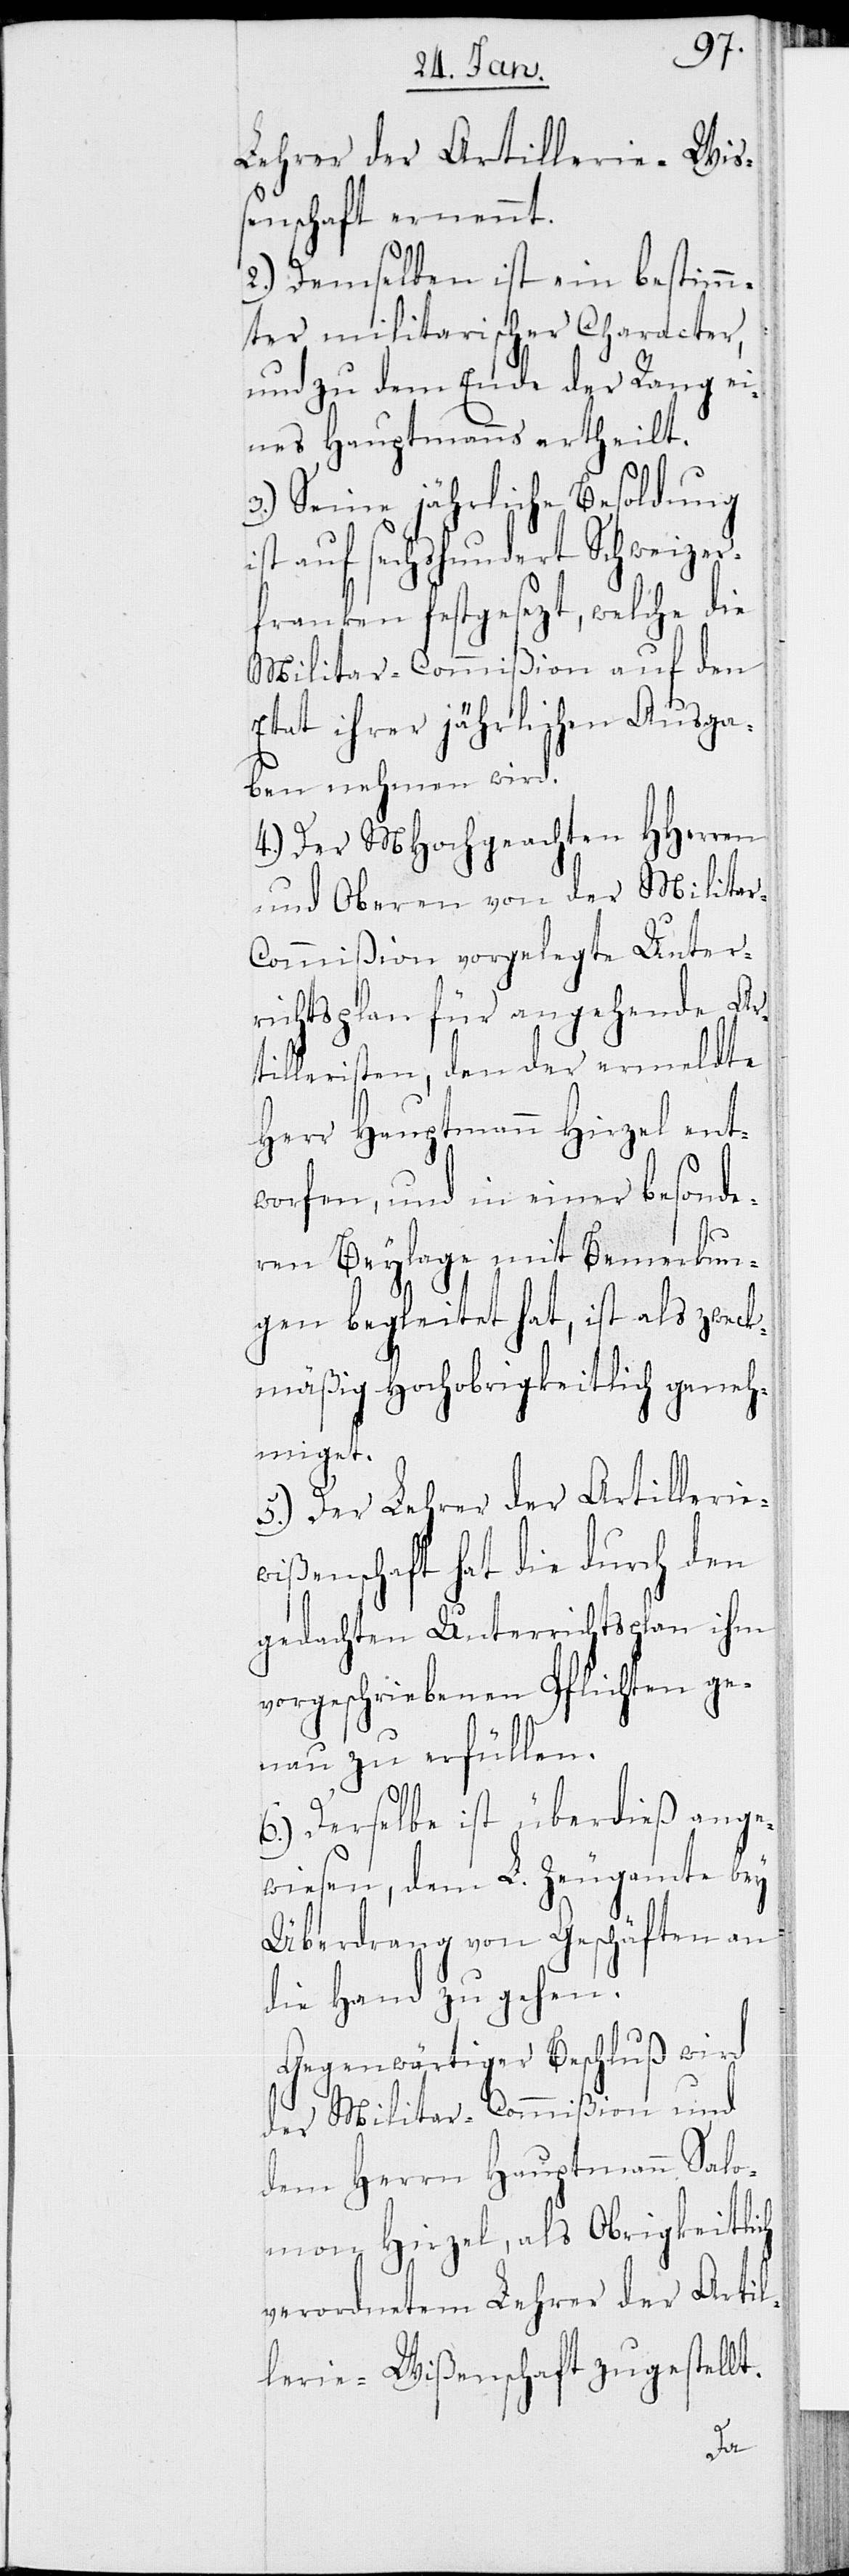
Lehrer der Artillerie-Wiß¬
enschaft ernennt.
2.) Demselben ist ein bestimm¬
ter militarischer Character,
und zu dem Ende der Rang ei¬
nes Hauptmanns ertheilt.
3.) Seine jährliche Besoldung
ist auf sechshundert Schweizer¬
franken festgesezt, welche die
Militar-Commißion auf den
Etat ihrer jährlichen Ausga¬
ben nehmen wird.
4.) Der MHochgeachten HHerren
und Oberen von der Milita¬
ommißion vorgelegte Unter¬
richtsplan für angehende Ar¬
tilleristen, den der ermeldte
Herr Hauptmann Hirzel ent¬
worfen, und in einer besonde¬
ren Beylage mit Bemerkun¬
gen begleitet hat, ist als zweck¬
mäßig Hochobrigkeitlich geneh¬
miget.
5.) Der Lehrer der Artillerie¬
wißenschaft hat die durch den
gedachten Unterrichtsplan ihm
vorgeschriebenen Pflichten ge¬
nau zu erfüllen.
6.) Derselbe ist überdieß ange¬
wiesen, dem L. Zeugamte bey
Überdrang von Geschäften an
die Hand zu gehen.
Gegenwärtiger Beschluß wird
der Militar-Commißion und
dem Herrn Hauptmann Salo¬
mon Hirzel, als Obrigkeitlich
verordnetem Lehrer der Artil¬
lerie-Wißenschaft zugestellt.

r-C¬